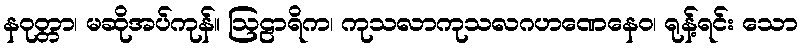
နဝုတ္တာ၊ မဆိုအပ်ကုန်။ ဩဠာရိက၊ ကုသလာကုသလဂဟဏေနေဝ၊ ရုန့်ရင်း သော